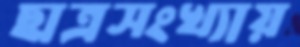
ছাত্রসংখ্যায়